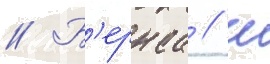
// Б'ернса / ш